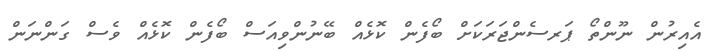
އެއިރުން ނޫންތޯ ޕަރސެންޖަރަކަށް ބޯފެން ކޮޅެއް ބޭނުންވިއަސް ބޯފެން ކޮޅެއް ވެސް ގަންނަން